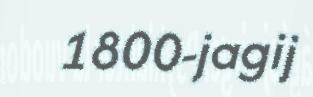
1800-jagij